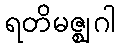
ရတိမဇ္ဈဂါ